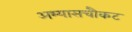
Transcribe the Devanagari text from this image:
अभ्यासचौकट